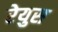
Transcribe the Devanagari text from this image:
रेयुस